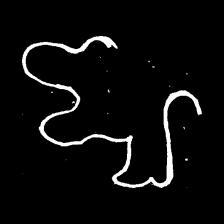
Pyu character \u2014 Myanmar letter: ဈ (romanized: jha)